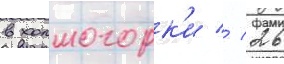
в холмогорк'и // 26